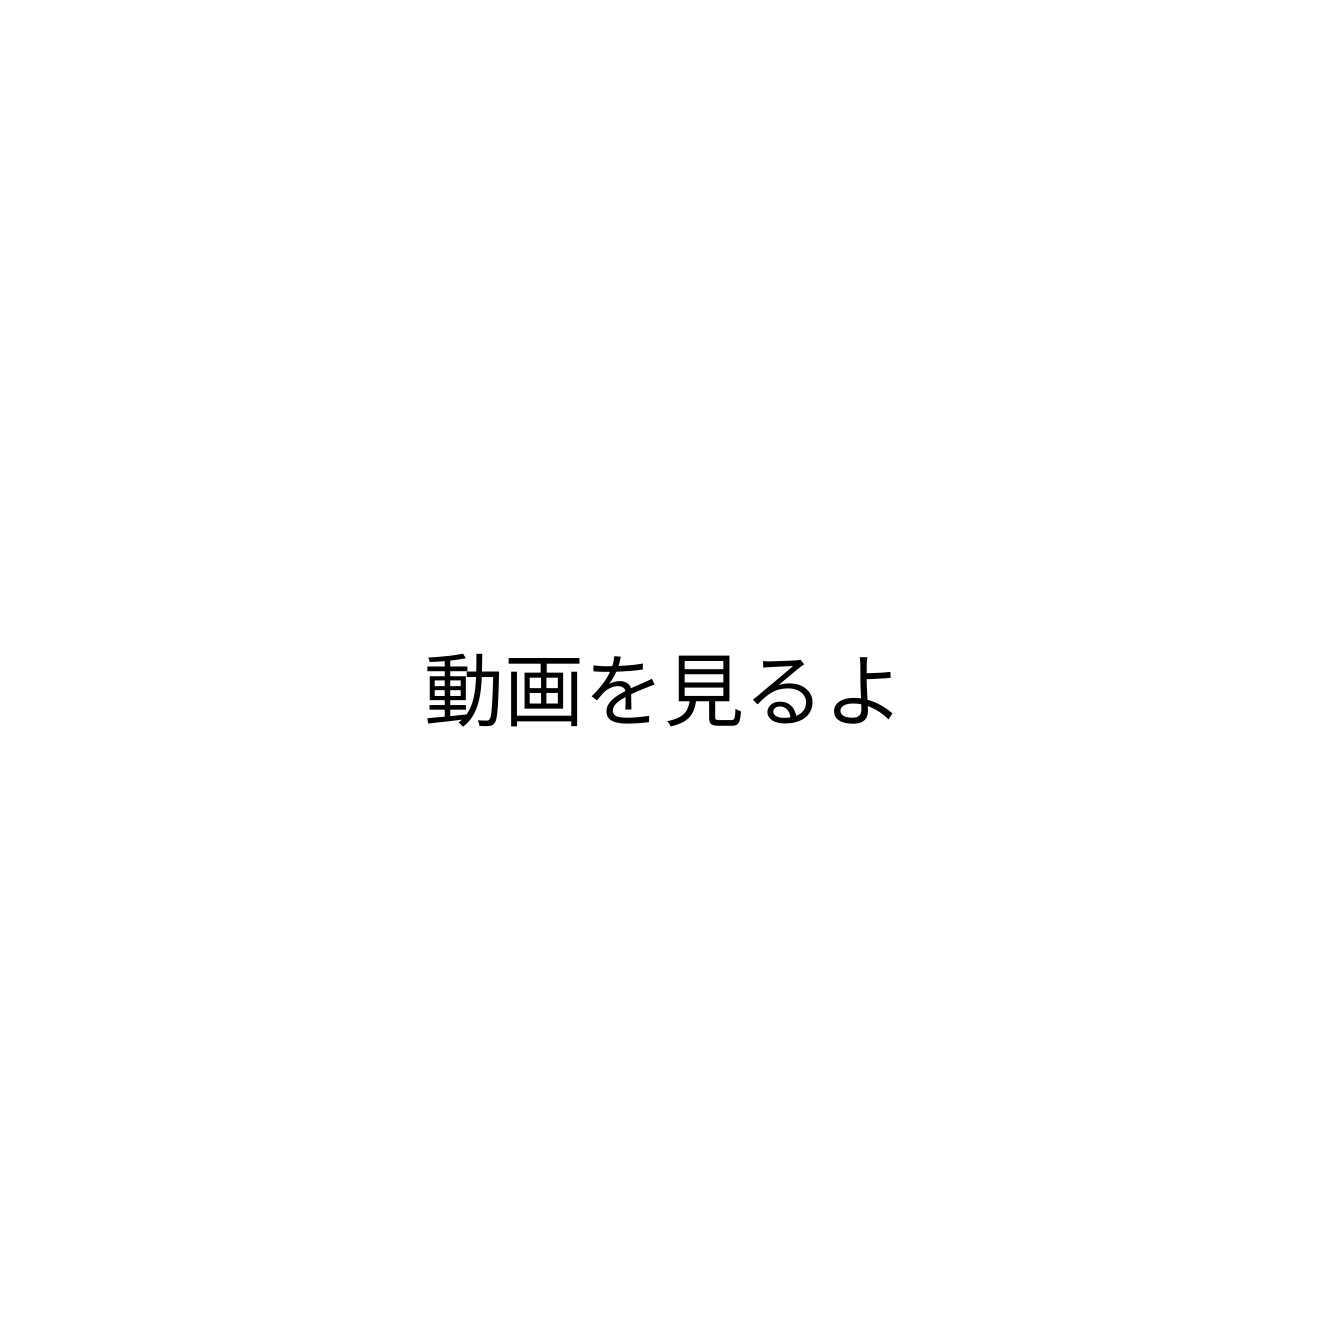
動画を見るよ